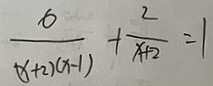
\frac { 6 } { ( x + 2 ) ( x - 1 ) } + \frac { 2 } { x + 2 } = 1